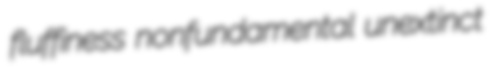
fluffiness nonfundamental unextinct